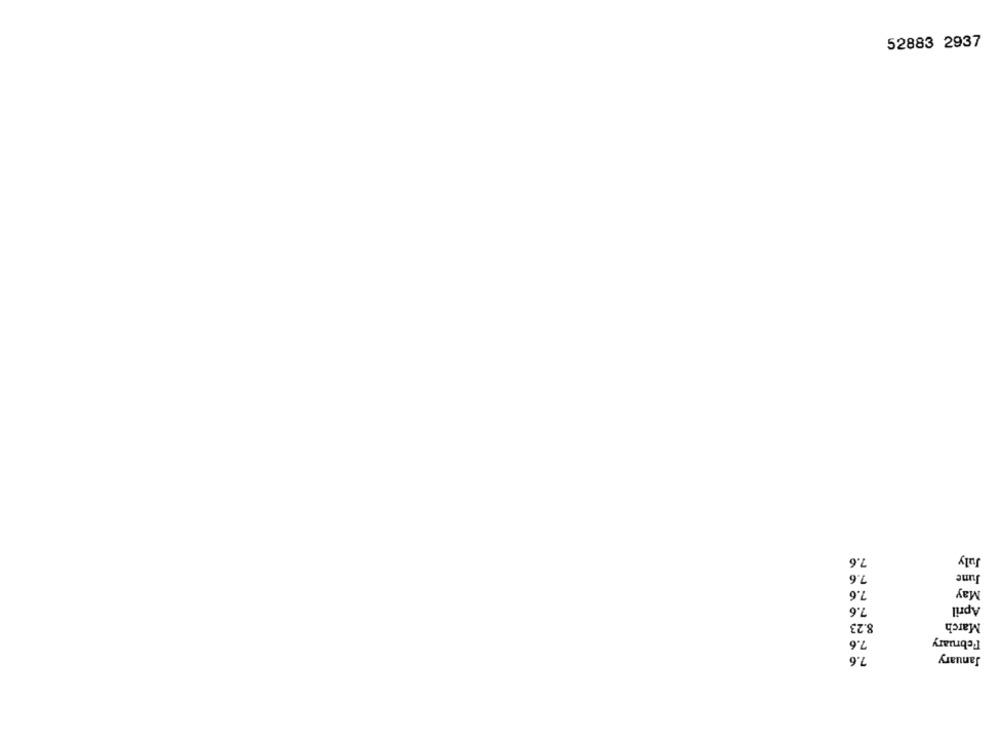
52883 2937
July
7.6
7.6
June
7.6
May
7.6
April
March
8.23
7.6
February
7.6
January